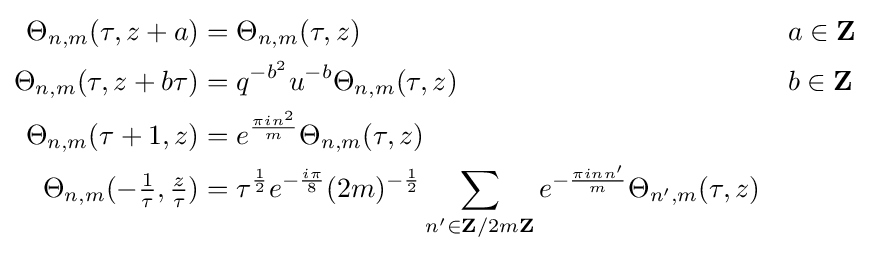
{\begin{aligned}\Theta _{n,m}(\tau ,z+a)&=\Theta _{n,m}(\tau ,z)&&a\in \mathbf {Z} \\\Theta _{n,m}(\tau ,z+b\tau )&=q^{-b^{2}}u^{-b}\Theta _{n,m}(\tau ,z)&&b\in \mathbf {Z} \\\Theta _{n,m}(\tau +1,z)&=e^{\frac {\pi in^{2}}{m}}\Theta _{n,m}(\tau ,z)\\\Theta _{n,m}(-{\tfrac {1}{\tau }},{\tfrac {z}{\tau }})&=\tau ^{\frac {1}{2}}e^{-{\frac {i\pi }{8}}}(2m)^{-{\frac {1}{2}}}\sum _{n'\in \mathbf {Z} /2m\mathbf {Z} }e^{-{\frac {\pi inn'}{m}}}\Theta _{n',m}(\tau ,z)\end{aligned}}